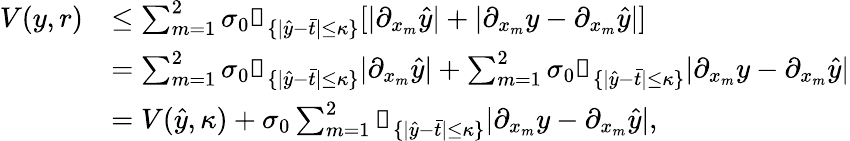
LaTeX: \begin{array}{rl}{V(y,r)}&{\leq\sum_{m=1}^{2}\sigma_{0}\mathbb{1}_{\{ |\hat{y}-\bar{t}|\leq\kappa\} }[|\partial_{x_{m}}\hat{y}|+|\partial_{x_{m}}y-\partial_{x_{m}}\hat{y}|]}\\ &{=\sum_{m=1}^{2}\sigma_{0}\mathbb{1}_{\{ |\hat{y}-\bar{t}|\leq\kappa\} }|\partial_{x_{m}}\hat{y}|+\sum_{m=1}^{2}\sigma_{0}\mathbb{1}_{\{ |\hat{y}-\bar{t}|\leq\kappa\} }|\partial_{x_{m}}y-\partial_{x_{m}}\hat{y}|}\\ &{=V(\hat{y},\kappa)+\sigma_{0}\sum_{m=1}^{2}\mathbb{1}_{\{ |\hat{y}-\bar{t}|\leq\kappa\} }|\partial_{x_{m}}y-\partial_{x_{m}}\hat{y}|,}\end{array}